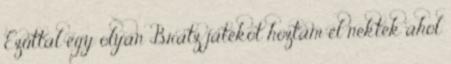
Ezúttal egy olyan Bratz játékot hoztam el nektek ahol